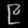
Digit: ၉